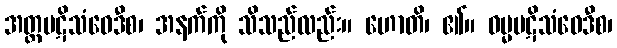
အတ္ထပဋိသံဝေဒီစ၊ အနက်ကို သိသည်လည်း။ ဟောတိ၊ ၏။ ဓမ္မပဋိသံဝေဒီစ၊